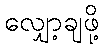
လျှော့ချဖို့